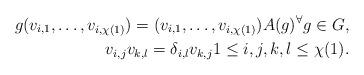
LaTeX: \begin{align*}g(v_{i,1},\dots,v_{i,\chi(1)})=(v_{i,1},\dots,v_{i,\chi(1)})A(g) {}^\forall g\in G,\\v_{i,j}v_{k,l}=\delta_{i,l}v_{k,j} 1\le i,j,k,l\le\chi(1). \end{align*}